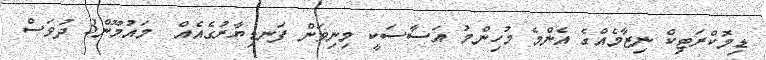
ޑިމޮކްރަޓިކް ނިޒާމެއްގެ އެންމެ މުހިންމު އަސާސަކީ މިނިވަން ފަނޑިޔާރުގެއެއް  މައުމޫން3 ދުވަސް